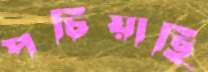
পচিয়াছি